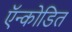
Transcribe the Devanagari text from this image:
ऍन्कोडित